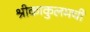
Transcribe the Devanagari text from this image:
श्रीकाकुलमची